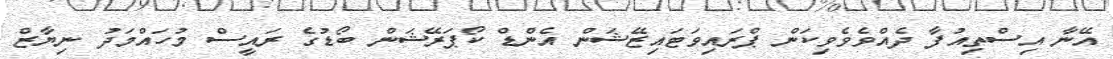
އޭނާ އިސްތިއުފާ ދެއްވެވެވިކަން ޕްރައިވަޓައިޒޭޝަން އެންޑް ކޯޕަރޭޝަން ބޯޑުގެ ރައީސް މުހައްމަދު ނިޔާޒް